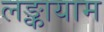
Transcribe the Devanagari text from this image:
लङ्कायाम